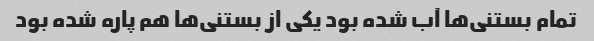
تمام بستنی‌ها آب شده بود یکی از بستنی‌ها هم پاره شده بود